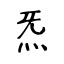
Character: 炁